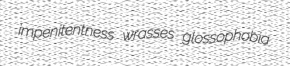
impenitentness wrasses glossophobia